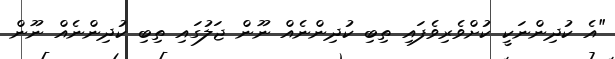
"އެ ކުދިންނަކީ ކުށްވެރިވެފައި ތިބި ކުދިންނެއް ނޫން ޖަލުގައި ތިބި ކުދިންނެއް ނޫން